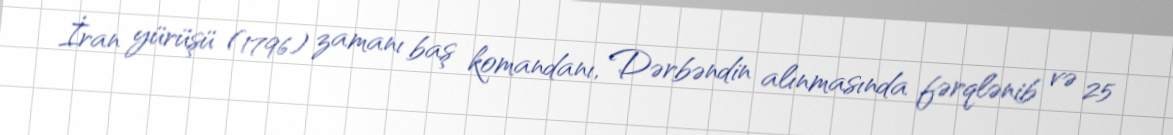
İran yürüşü (1796) zamanı baş komandanı, Dərbəndin alınmasında fərqlənib və 25